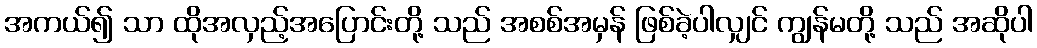
အကယ်၍ သာ ထိုအလှည့်အပြောင်းတို့ သည် အစစ်အမှန် ဖြစ်ခဲ့ပါလျှင် ကျွန်မတို့ သည် အဆိုပါ